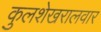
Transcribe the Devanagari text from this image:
कुलशेखरालवार